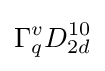
\Gamma _{q}^{v}D_{2d}^{10}